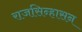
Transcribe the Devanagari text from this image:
राजसिन्हासन